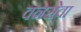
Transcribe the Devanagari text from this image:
वनसेवा